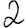
Digit: 2